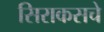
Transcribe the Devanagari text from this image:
सिराकसचे